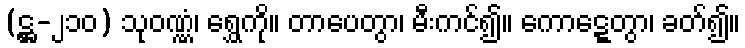
(ဋ္ဌ-၂၁၀) သုဝဏ္ဏံ၊ ရွှေကို။ တာပေတွာ၊ မီးကင်၍။ ကောဋ္ဋေတွာ၊ ခတ်၍။